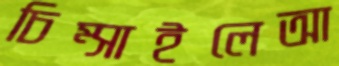
চিম্‌সাইলেআ